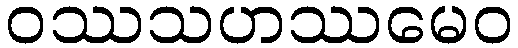
ဝဿသဟဿမေဝ